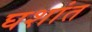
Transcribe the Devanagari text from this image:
घशांत